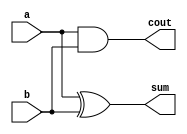
`timescale 1ns / 1ps



module half_adder(a, b, sum, cout);
input a, b;
output sum, cout;
xor sum1(sum, a, b);
and carry(cout, a, b);

endmodule